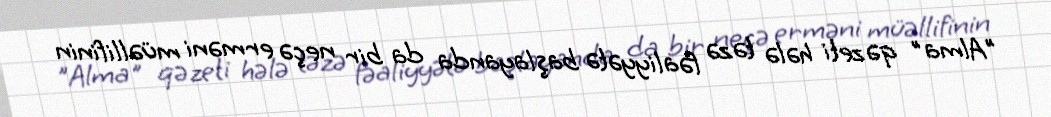
”Alma" qəzeti hələ təzə fəaliyyətə başlayanda da bir neçə erməni müəllifinin